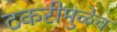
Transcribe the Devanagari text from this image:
टकरीमुळेच